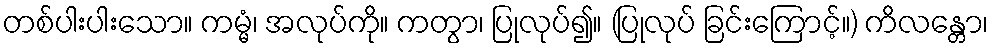
တစ်ပါးပါးသော။ ကမ္မံ၊ အလုပ်ကို။ ကတွာ၊ ပြုလုပ်၍။ (ပြုလုပ် ခြင်းကြောင့်။) ကိလန္တော၊